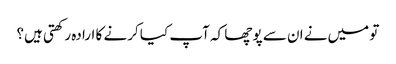
تو میں‌نے ان سے پوچھا کہ آپ کیا کرنے کا ارادہ رکھتی ہیں؟